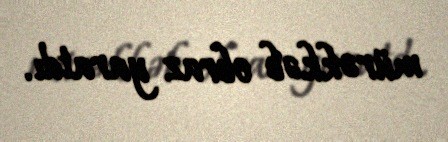
mürəkkəb obraz yaratdı.